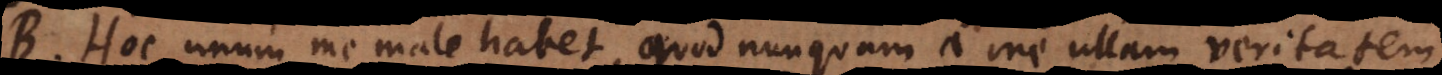
B. Hoc unum me male habet, quod nunquam a me ullam veritatem